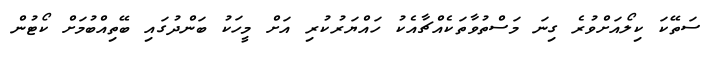
ސަތޭކަ ކިލޯއަށްވުރެ ގިނަ މަސްތުވާތަކެއްޗާއެކު ހައްޔަރުކުރި އަށް މީހަކު ބަންދުގައި ބޭތިއްބުމަށް ކޯޓުން